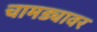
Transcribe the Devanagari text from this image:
चामड्यावर